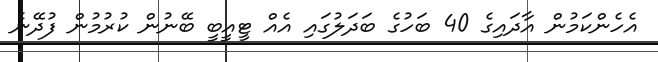
އެހެންކަމުން އާދައިގެ 40 ބަހުގެ ބަދަލުގައި އެއް ޓީއީބީ ބޭނުން ކުރުމުން ފުދޭނެ